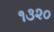
૧૩૨૦